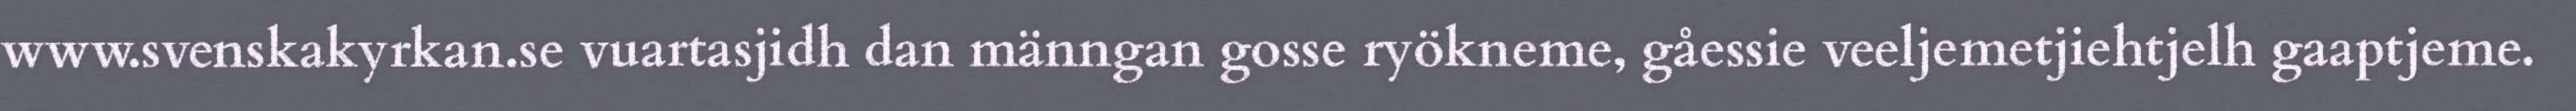
www.svenskakyrkan.se vuartasjidh dan männgan gosse ryökneme, gåessie veeljemetjiehtjelh gaaptjeme.